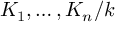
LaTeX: K _ { 1 } , \ldots , K _ { n } / k